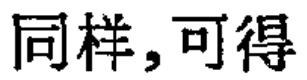
同样,可得